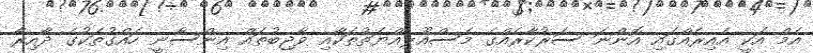
އެމް އަކީ އެއިރެއްގައި އޮންނަ ސަރުކާރެއްގެ މަސްއޫލިއްޔަތުތަކާއި ވާޖިބުތައް އިންސާނީ ހައްގުތަކުގެ ދާއިރާ